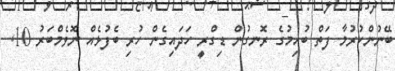
ބޭނުންކުރުމާ ފަތް ބުއިމުގެ ރޮނގުން ޑިގްރީ ހަދައިގެން ހުރި ބެފުޅެއް ނޮވެމްބަރު 10